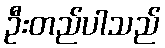
ဦးတည်ပါသည်